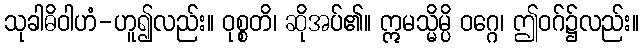
သုခါဓိဝါဟံ-ဟူ၍လည်း။ ဝုစ္စတိ၊ ဆိုအပ်၏။ ဣမသ္မိမ္ပိ ဝဂ္ဂေ၊ ဤဝဂ်၌လည်း။